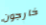
خارجون